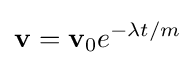
\mathbf {v} =\mathbf {v} _{0}e^{{-\lambda t}/{m}}